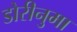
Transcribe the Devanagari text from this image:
डोरीनुमा